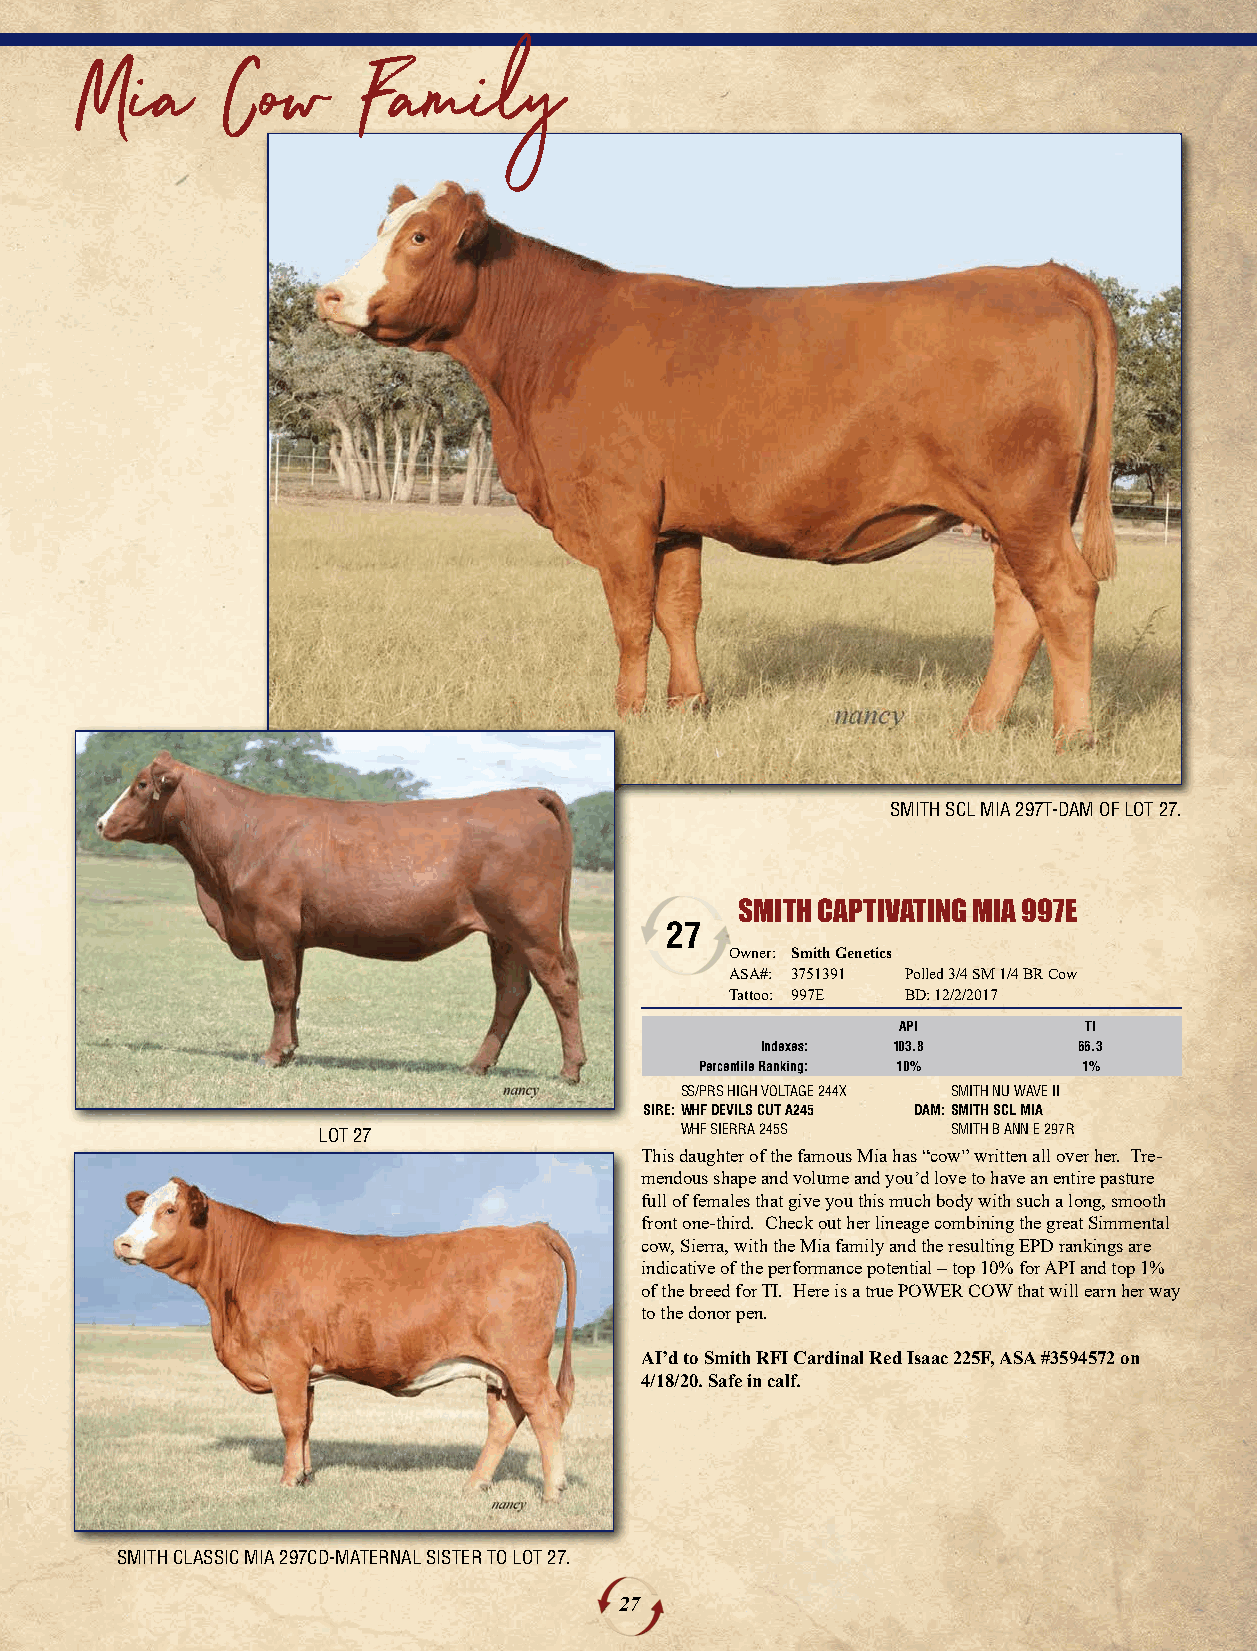
MMiiaa    CCooww   FFaammiillyy
 SMITH SCL MIA 297T-DAM OF LOT 27.
 SMITH CAPTIVATING MIA 997E
 27
 Owner: Smith Genetics
 ASA#: 3751391 Polled 3/4 SM 1/4 BR Cow
 Tattoo: 997E BD: 12/2/2017
 API          TI
 Indexes: 103.8       66.3
 Percentile Ranking: 10%   1%
 SS/PRS HIGH VOLTAGE 244X SMITH NU WAVE II
 SIRE:WHF DEVILS CUT A245 DAM:SMITH SCL MIA
 LOT 27                  WHF SIERRA 245S   SMITH B ANN E 297R
 This daughter of the famous Mia has “cow” written all over her. Tre-
 mendous shape and volume and you’d love to have an entire pasture
 full of females that give you this much body with such a long, smooth
 front one-third. Check out her lineage combining the great Simmental
 cow, Sierra, with the Mia family and the resulting EPD rankings are
 indicative of the performance potential – top 10% for API and top 1%
 of the breed for TI. Here is a true POWER COW that will earn her way
 to the donor pen.
 AI’d to Smith RFI Cardinal Red Isaac 225F, ASA #3594572 on
 4/18/20. Safe in calf.
 SMITH CLASSIC MIA 297CD-MATERNAL SISTER TO LOT 27.
 27